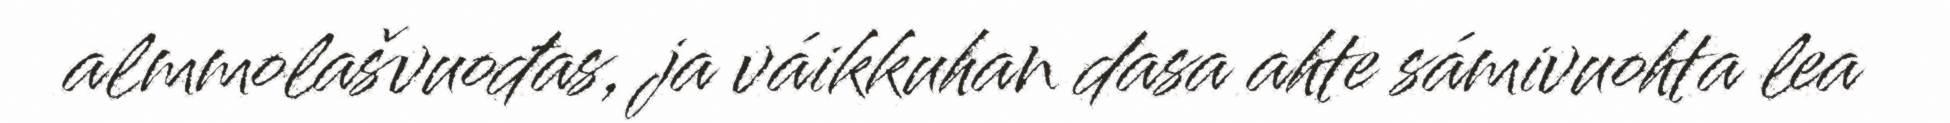
almmolašvuođas, ja váikkuhan dasa ahte sámivuohta lea